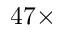
4 7 \times